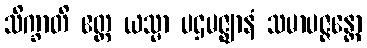
သိက္ခာတိ ဧတ္ထ ယသ္မာ ပဌမဇ္ဈာနံ သမာပဇ္ဇန္တော